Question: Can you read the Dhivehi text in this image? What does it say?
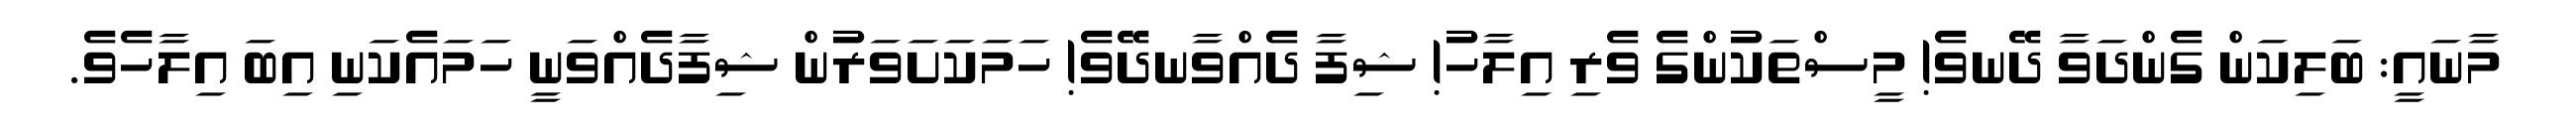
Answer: މާނައީ: ބަލިކަން ގެންދަވާ ދޭނވެ! މީސްތަކުންގެ ވެރި އިލާހު! ޝިފާ ދެއްވާނދޭވެ! ހަމަކަށަވަރުން ޝިފާދެއްވަނީ ހަމައެކަނި އިބަ އިލާހެވެ.